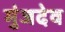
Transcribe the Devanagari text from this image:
मुंजदेव